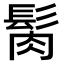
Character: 𩬳